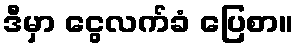
ဒီမှာ ငွေလက်ခံ ပြေစာ။